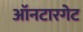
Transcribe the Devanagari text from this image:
ऑनटारगेट